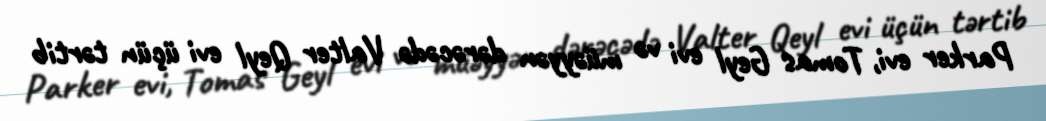
Parker evi, Tomas Geyl evi və müəyyən dərəcədə Valter Qeyl evi üçün tərtib